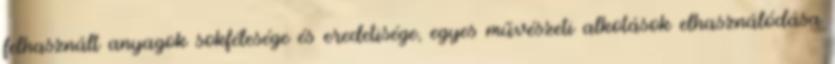
felhasznált anyagok sokfélesége és eredetisége, egyes művészeti alkotások elhasználódása